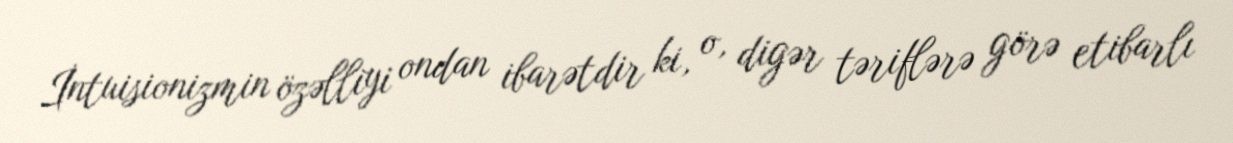
İntuisionizmin özəlliyi ondan ibarətdir ki, o, digər təriflərə görə etibarlı